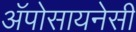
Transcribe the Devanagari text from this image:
अॅपोसायनेसी